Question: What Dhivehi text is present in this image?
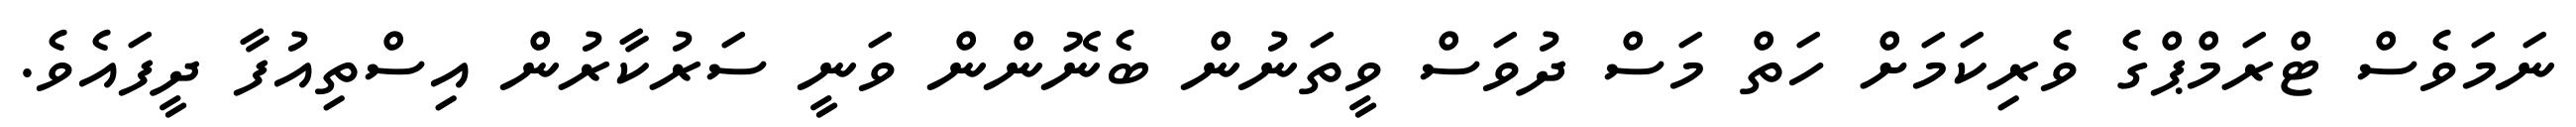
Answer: ނަމަވެސް ޓްރަމްޕްގެ ވެރިކަމަށް ހަތް މަސް ދުވަސް ވީތަނުން ބެނޮންން ވަނީ ސަރުކާރުން އިސްތިއުފާ ދީފައެވެ.